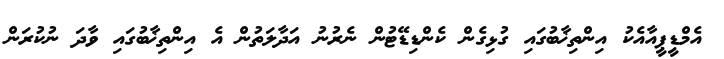
އެމްޑީޕީއާއެކު އިންތިޚާބުގައި ގުޅިގެން ކެންޑިޑޭޓުން ނެރުނު އަދާލަތުން އެ އިންތިޚާބުގައި ވާދަ ނުކުރަން